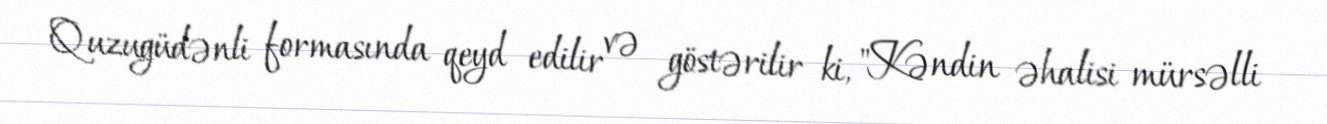
Quzugüdənli formasında qeyd edilir və göstərilir ki, "Kəndin əhalisi mürsəlli